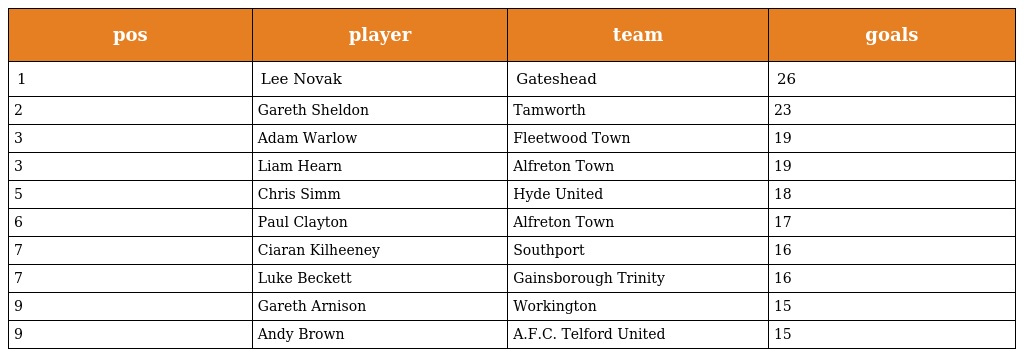
| pos | player | team | goals |
 | --- | --- | --- | --- |
 | 1 | Lee Novak | Gateshead | 26 |
 | 2 | Gareth Sheldon | Tamworth | 23 |
 | 3 | Adam Warlow | Fleetwood Town | 19 |
 | 3 | Liam Hearn | Alfreton Town | 19 |
 | 5 | Chris Simm | Hyde United | 18 |
 | 6 | Paul Clayton | Alfreton Town | 17 |
 | 7 | Ciaran Kilheeney | Southport | 16 |
 | 7 | Luke Beckett | Gainsborough Trinity | 16 |
 | 9 | Gareth Arnison | Workington | 15 |
 | 9 | Andy Brown | A.F.C. Telford United | 15 |